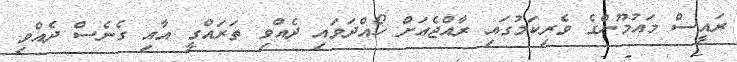
ރައީސް މައުމޫންގެ ވެރިކަމުގައި ރާއްޖެއަށް ހޯއްދަވައި ދެއްވި ތަރައްގީ އާއި ގެނެސް ދެއްވި